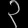
Digit: ၃